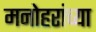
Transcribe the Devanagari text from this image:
मनोहरांच्या